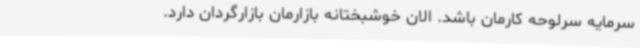
سرمایه سرلوحه کارمان باشد. الان خوشبختانه بازارمان بازارگردان دارد.